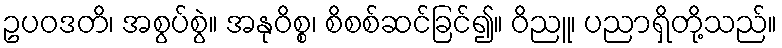
ဥပဝဒတိ၊ အစွပ်စွဲ။ အနုဝိစ္စ၊ စိစစ်ဆင်ခြင်၍။ ဝိညူ၊ ပညာရှိတို့သည်။